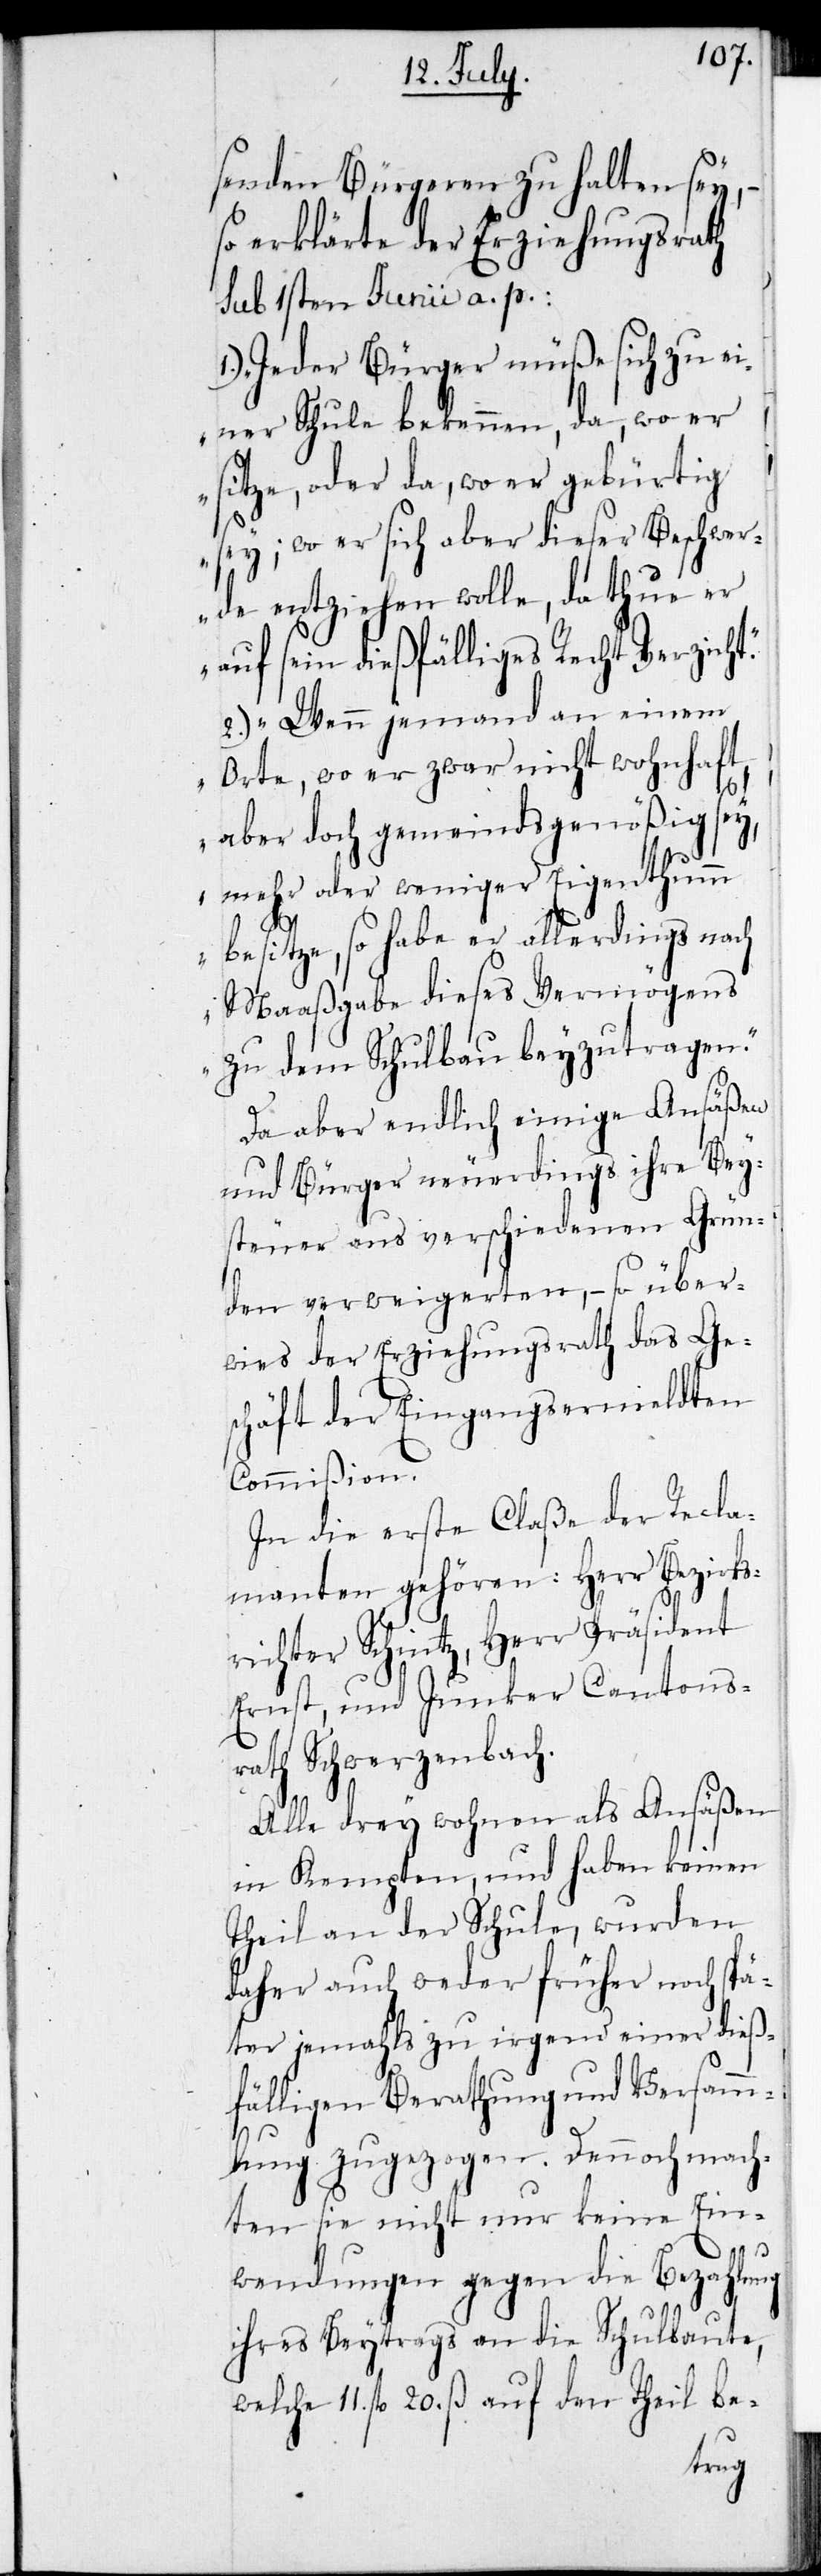
senden Bürgeren zu halten sey, –
so erklärte der Erziehungsrath
sub 1sten Junii a. p.:
1.) „Jeder Bürger müße sich zu ei¬
ner Schule bekennen, da, wo er
sitze, oder da, wo er gebürtig
sey; wo er sich aber dieser Beschwer¬
de entziehen wolle, da thue er
auf sein dießfälliges Recht Verzicht.“
2.) „Wenn jemand an einem
Orte, wo er zwar nicht wohnhaft
aber doch gemeindsgenößig sey,
mehr oder weniger Eigenthumm
besitze, so haber er allerdings noch
Maaßgabe dieses Vermögens
zu dem Schulbau beyzutragen.“
Da aber endlich einige Ansäßen
und Bürger neuerdings ihre Bey¬
steuer aus verschiedenen Grün¬
den verweigerten, – so über¬
wies der Erziehungsrath das Ge¬
schäft der Eingangsermeldten
Commißion.
In die erste Claße der Recla¬
manten gehören: Herr Bezirks¬
richter Schintz, Herr Präsident
Ernst, und Junker Cantonsr¬
ath Schwerzenbach.
Alle drey wohnen als Ansäßen
in Kempten, und haben keinen
Theil an der Schule, wurden
daher auch weder früher noch spä¬
ter jemahls zu irgend einer dieß¬
fälligen Berathung und Versamm¬
lung zugezogen. Dennoch mach¬
ten sie nicht nur keine Ein¬
wendungen gegen die Bezahlung
ihres Beytrags an die Schulbaute,
welche 11. fl. 20. ß auf den Theil be-